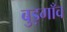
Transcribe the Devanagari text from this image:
बुड़गाँव